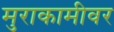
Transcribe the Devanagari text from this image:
मुराकामीवर